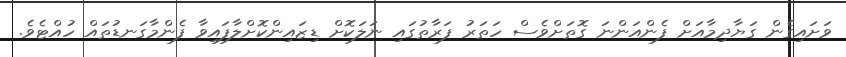
ވަށައިގެން ގަޔާދިމާއަށް ފެންއަންނަ ގޮތަށްވެސް ހަތަރު ފަރާތުގައި ނަލަކޮށް ޑިޒައިންކޮށްލާފައިވާ ފެންމާގަނޑުތައް ހުއްޓެވެ.